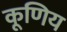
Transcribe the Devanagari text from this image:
कूणिय